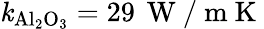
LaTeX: \mathit{k}_{\mathrm{{Al_{2}O_{3}}}}=29\, \mathrm{{~W~/~m~K~}}